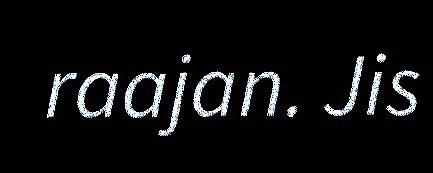
raajan. Jis